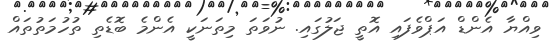
ވިއްޔާ އެންޑް އަޕްވެފައި އޮތީ ޖަލުގައި. ނުވަތަ މިތަނަކީ އެންމެ ބޮޑެތި ތުހުމަތުތައް